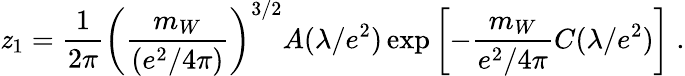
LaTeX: \mathit{z}_{1}={\frac{{1}}{{2\pi}}}\left({\frac{{m_{W}}}{{(e^{2}/4\pi)}}}\right)^{3/2}A(\lambda/e^{2})\exp\left[-{\frac{{m_{W}}}{{e^{2}/4\pi}}}C(\lambda/e^{2})\right]\; .